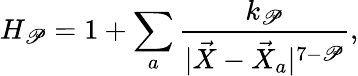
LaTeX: H_{\mathscr{P}}=1+\sum_{a}\frac{{k_{\mathscr{P}}}}{{|\vec{{X}}-\vec{{X}}_{a}|^{7-\mathscr{P}}}},